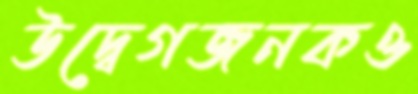
উদ্বেগজনকও